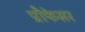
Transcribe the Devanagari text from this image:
प्रोेफेसर